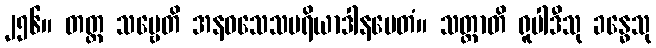
၂၅၆။ တတ္ထ သဗ္ဗေတိ အနဝသေသပရိယာဒါနမေတံ။ သတ္တာတိ ရူပါဒီသု ခန္ဓေသု